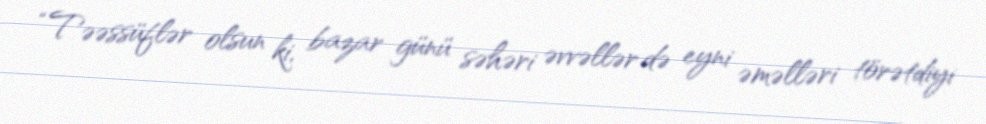
“Təəssüflər olsun ki, bazar günü səhəri əvvəllər də eyni əməlləri törətdiyi